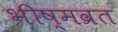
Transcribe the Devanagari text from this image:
भीष्मव्रत